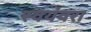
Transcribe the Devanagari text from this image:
स्वयंवरा